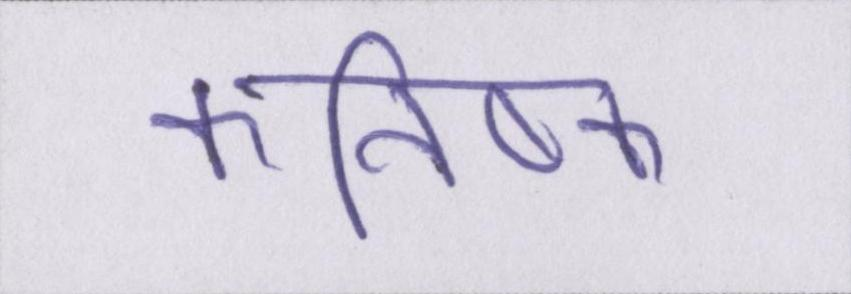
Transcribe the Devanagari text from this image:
कनिष्क